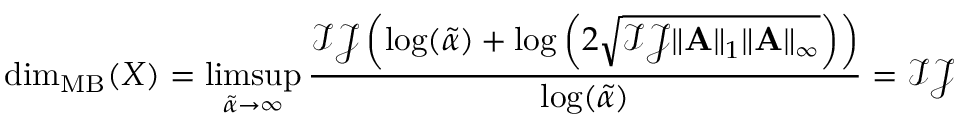
\mathrm { d i m } _ { \mathrm { M B } } ( X ) = \operatorname* { l i m s u p } _ { \tilde { \alpha } \rightarrow \infty } \frac { \mathcal { I } \mathcal { J } \left( \log ( \tilde { \alpha } ) + \log \left( 2 \sqrt { \mathcal { I } \mathcal { J } \| \mathbf { A } \| _ { 1 } \| \mathbf { A } \| _ { \infty } } \right) \right) } { \log ( \tilde { \alpha } ) } = \mathcal { I } \mathcal { J }